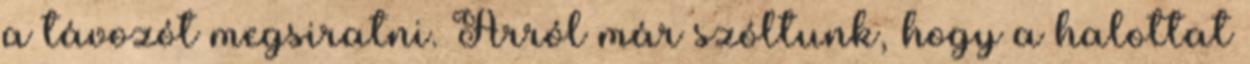
a távozót megsiratni. Arról már szóltunk, hogy a halottat